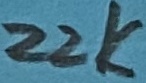
Text: 22K